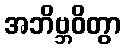
အဘိဗ္ဘဝိတွာ